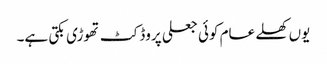
یوں کھلے عام کوئی جعلی پروڈکٹ تھوڑی بکتی ہے۔